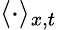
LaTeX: \langle\cdot\rangle_{x,t}